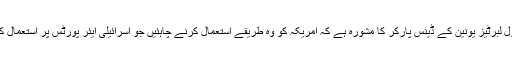
تا ہم امریکن سول لبرٹیز یونین کے ڈینس پارکر کا مشورہ ہے کہ امریکہ کو وہ طریقے استعمال کرنے چاہئیں جو اسرائیلی ایئر پورٹس پر استعمال کیئے جاتے ہیں۔